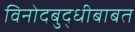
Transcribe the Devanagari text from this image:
विनोदबुद्धीबाबत